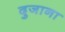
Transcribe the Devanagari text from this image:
दुजाना